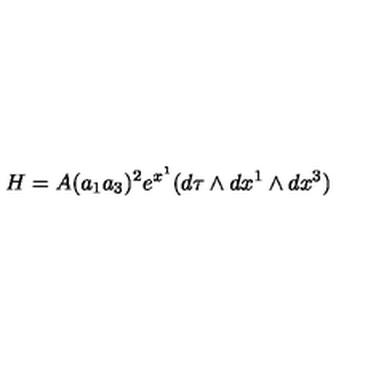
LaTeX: H = A ( a _ { 1 } a _ { 3 } ) ^ { 2 } e ^ { x ^ { 1 } } ( d \tau \wedge d x ^ { 1 } \wedge d x ^ { 3 } )